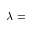
\lambda =